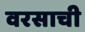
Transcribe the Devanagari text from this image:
वरसाची